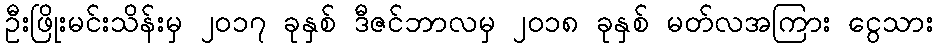
ဦးဖြိုးမင်းသိန်းမှ ၂၀၁၇ ခုနှစ် ဒီဇင်ဘာလမှ ၂၀၁၈ ခုနှစ် မတ်လအကြား ငွေသား